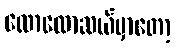
လောလောဆယ်မှာတော့